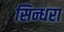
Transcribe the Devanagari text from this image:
सिन्धरा